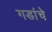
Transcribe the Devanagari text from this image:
गडांचे